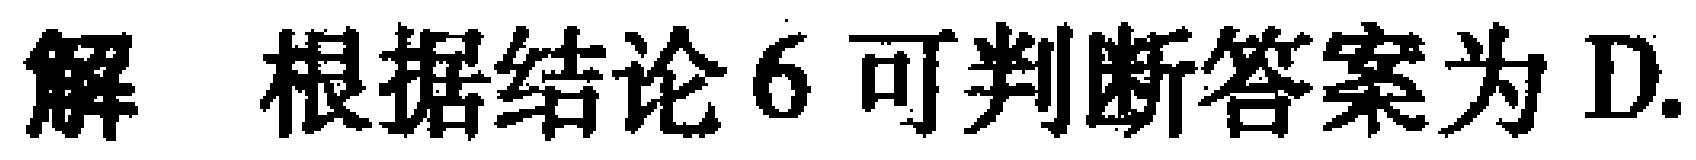
解 根据结论 6 可判断答案为 D.